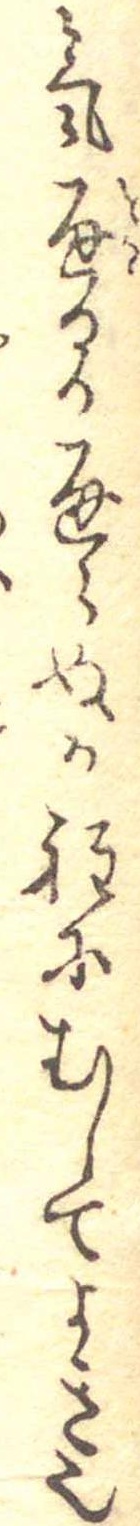
気通るか通らぬか程にむしてよき也